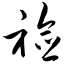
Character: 裣